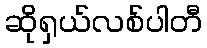
ဆိုရှယ်လစ်ပါတီ